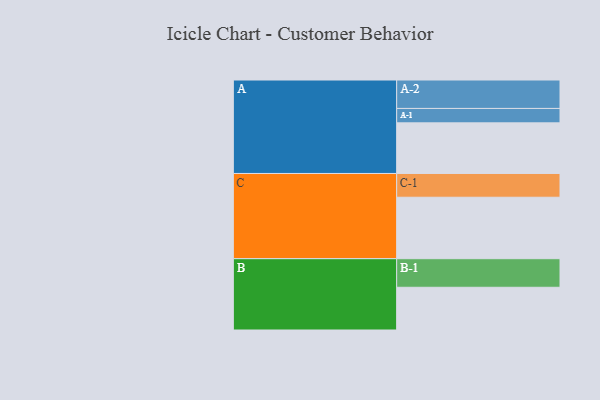
{"axis": {"x": "Segment", "y": "Value"}, "legend": ["", "A", "B", "C"], "data": [{"x": "A", "y": 411, "type": ""}, {"x": "B", "y": 347, "type": ""}, {"x": "C", "y": 499, "type": ""}, {"x": "A-1", "y": 117, "type": "A"}, {"x": "A-2", "y": 231, "type": "A"}, {"x": "B-1", "y": 232, "type": "B"}, {"x": "C-1", "y": 193, "type": "C"}]}